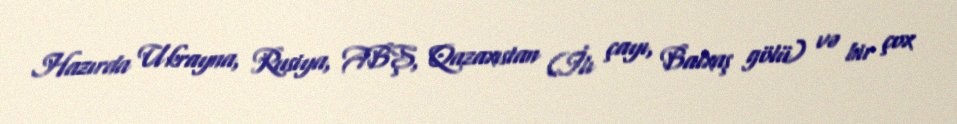
Hazırda Ukrayna, Rusiya, ABŞ, Qazaxıstan (İlı çayı, Balxaş gölü) və bir çox